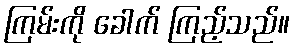
ကြမ်းကို ခေါက် ကြည့်သည်။